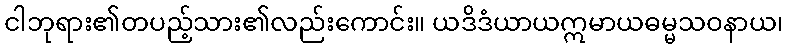
ငါဘုရား၏တပည့်သား၏လည်းကောင်း။ ယဒိဒံယာယဣမာယဓမ္မသဝနာယ၊